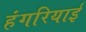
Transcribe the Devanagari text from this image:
हंगरियाई